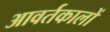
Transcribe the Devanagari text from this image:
आवर्तकालों